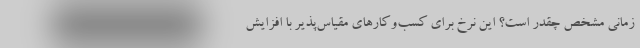
زمانی مشخص چقدر است؟ این نرخ برای کسب‌وکارهای مقیاس‌پذیر با افزایش